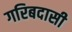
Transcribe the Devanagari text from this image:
गरिबदासी